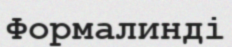
Формалинді